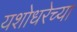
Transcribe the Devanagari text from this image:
यशोधरेच्या